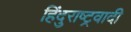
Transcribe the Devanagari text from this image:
हिंदुराष्ट्रवादी